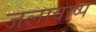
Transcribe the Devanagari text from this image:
जलावाष्प